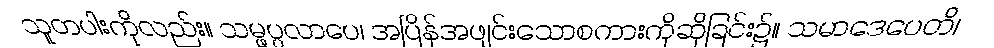
သူတပါးကိုလည်း။ သမ္ဖပ္ပလာပေ၊ အပြိန်အဖျင်းသောစကားကိုဆိုခြင်း၌။ သမာဒေပေတိ၊